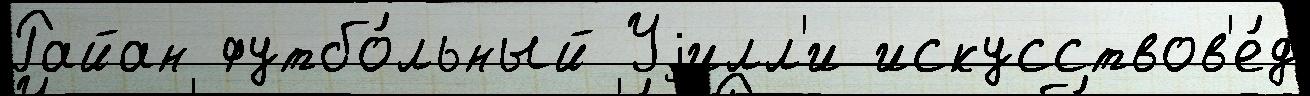
Райан футбо́льный Уjилл'и искусствов'е́д